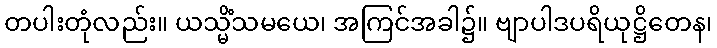
တပါးတုံလည်း။ ယသ္မိံသမယေ၊ အကြင်အခါ၌။ ဗျာပါဒပရိယုဋ္ဌိတေန၊